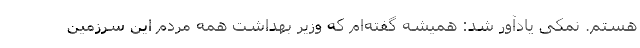
هستم. نمکی یادآور شد: همیشه گفته‌ام که وزیر بهداشت همه مردم این سرزمین